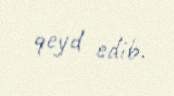
qeyd edib.